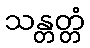
သန္တတ္တံ